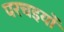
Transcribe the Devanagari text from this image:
परचइयों